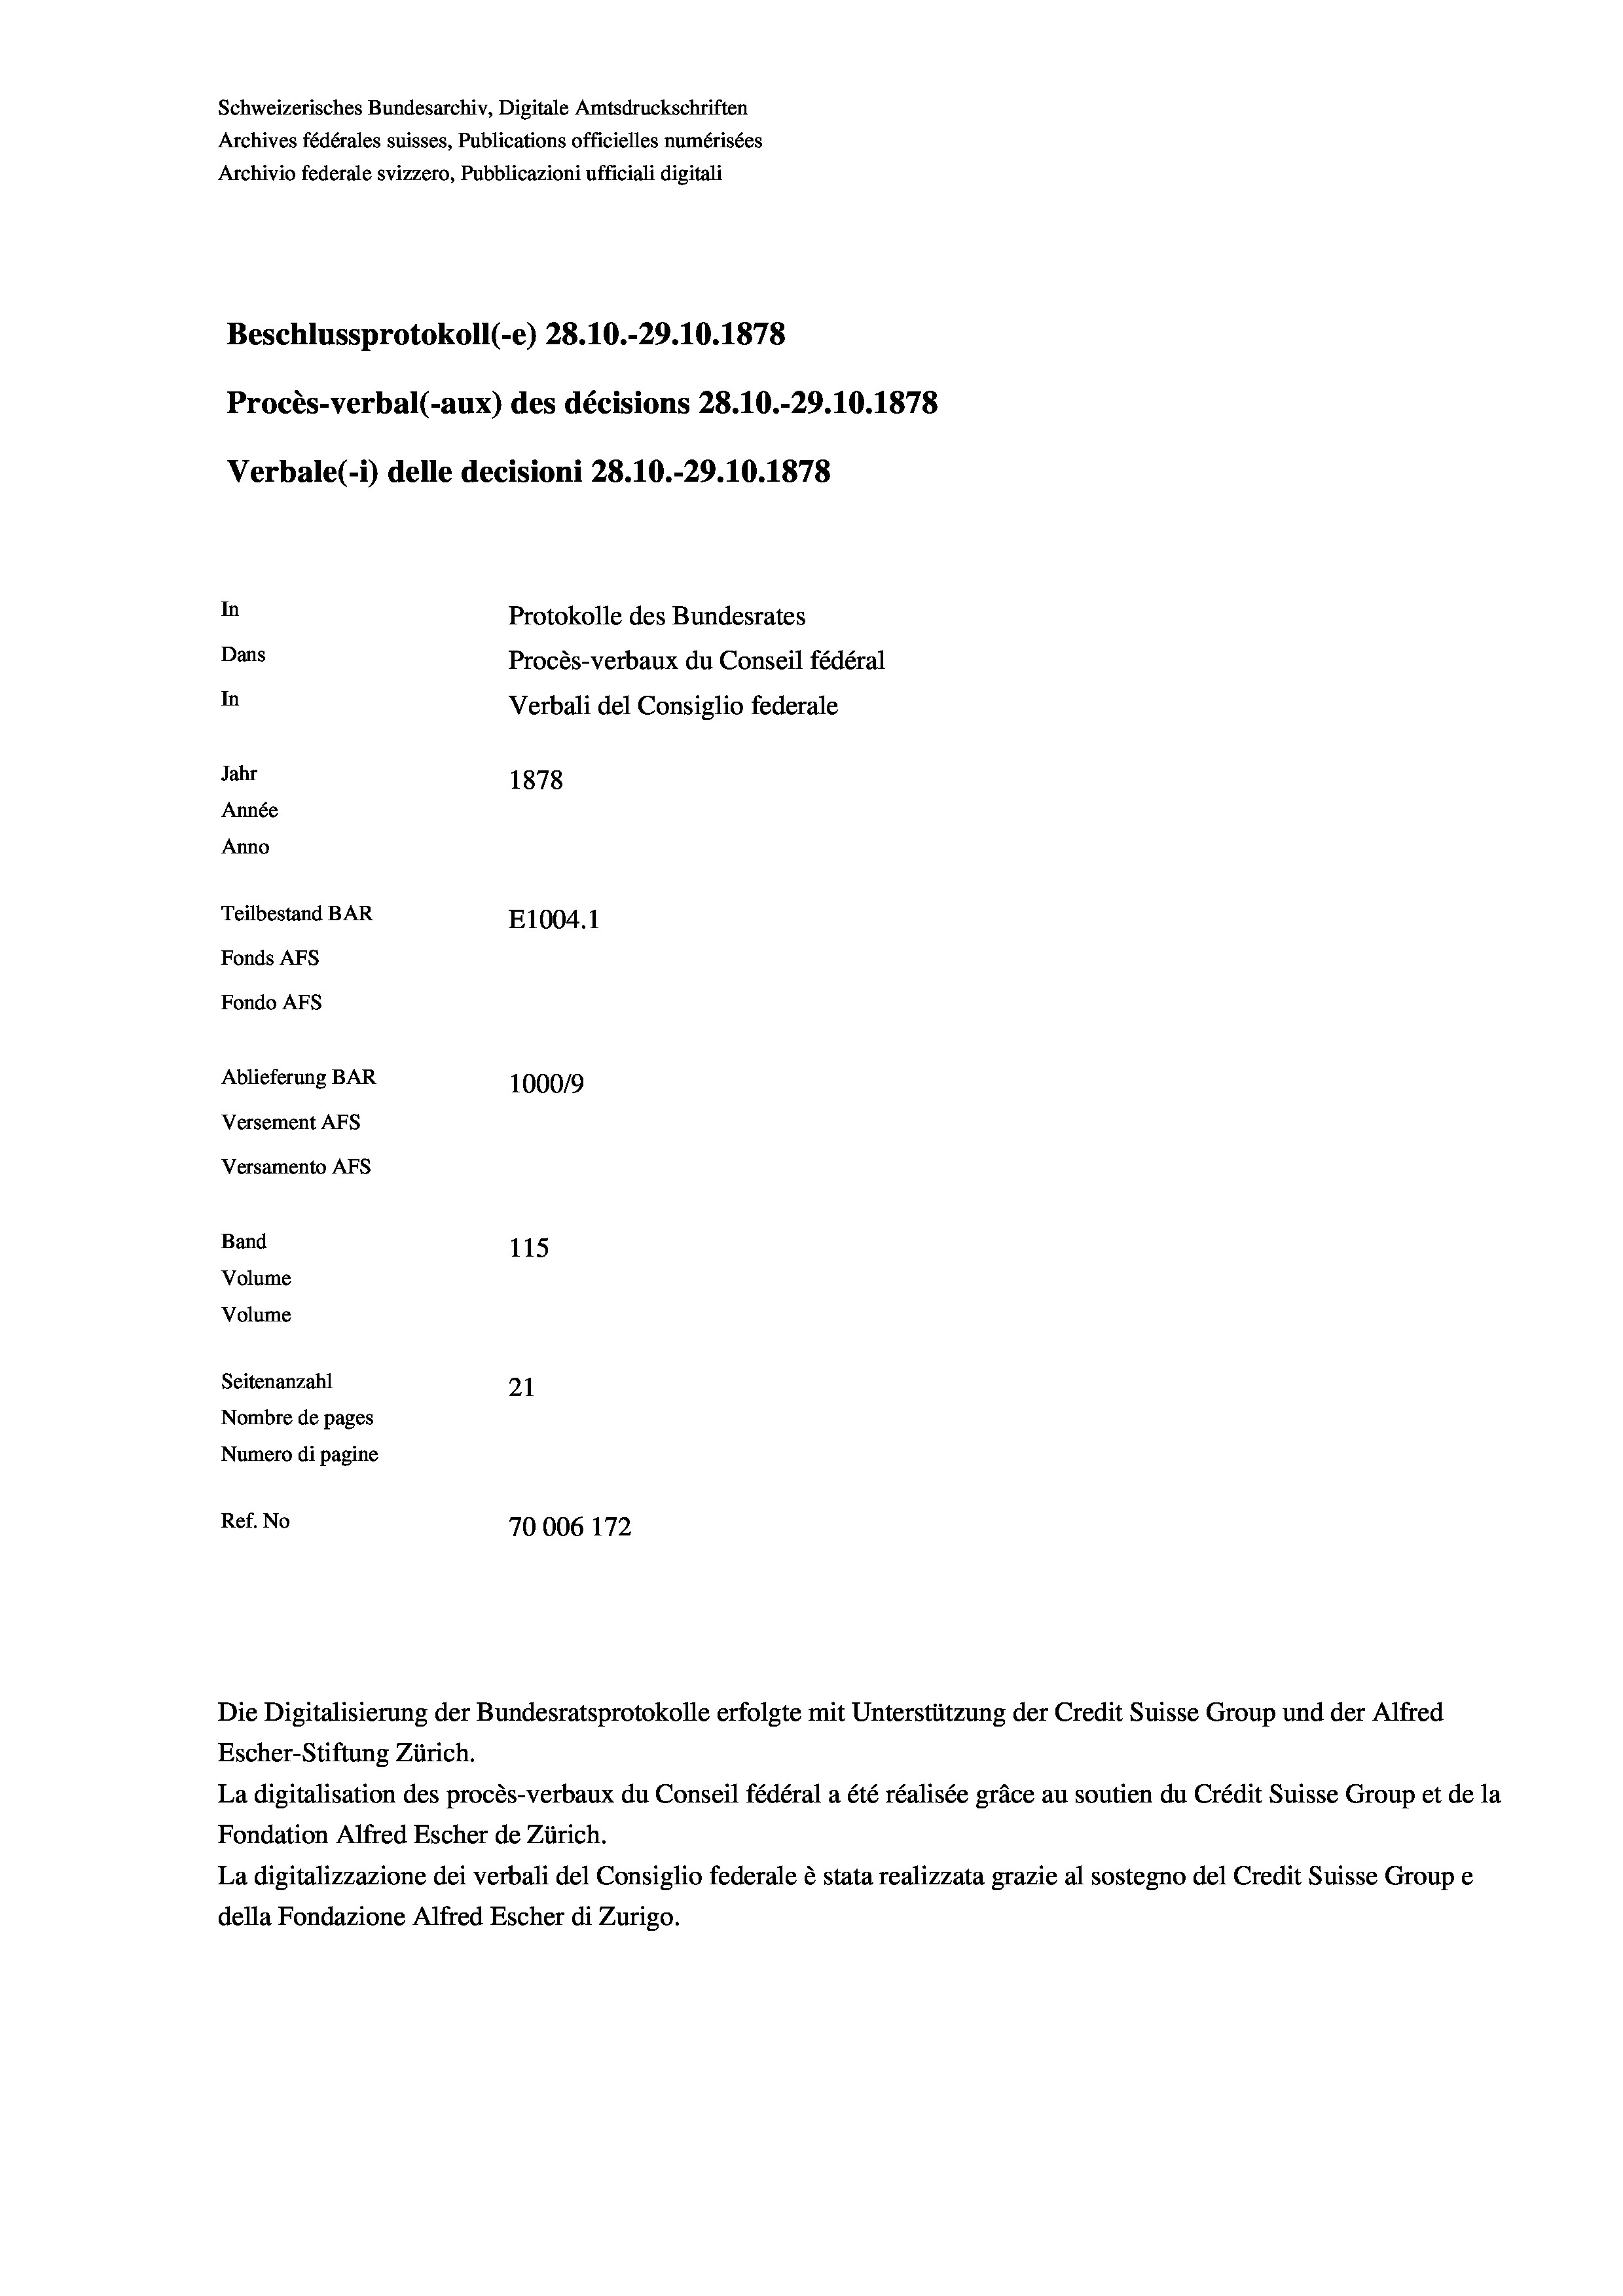
Schweizerisches Bundesarchiv, Digitale Amtsdruckschriften
Archives fédérales suisses, Publications officielles numérisées
Archivio federale svizzero, Pubblicazioni ufficiali digitali
Beschlussprotokoll (-e) 28.10.-29.10.1878
Procès-verbal (-aux) des décisions 28.10.-29.10.1878
Verbale(-*) delle decisioni 28. 10.-29.10.1878
In
Protokolle des Bundesrates
Dans
Procès-verbaux du Conseil fédéral
In
Verbali del Consiglio federale
Jahr
1878
Année
Anno
Teilbestand BAR
E1004. 1
Fonds AFs
Fondo Afs
Ablieferung BAR
100019
Versement AFs
Versamento AFS
Band
115
Volume
Volume
Seitenanzahl
21
Nombre de pages
Numero di pagine
Ref. No
70006 172

Escher-Stiftung Zürich.
La digitalisation des procès-verbaux du Conseil fédéral a été réalisée gräce au soutien du Crédit Suisse Group et de la
Fondation Alfred Escher de Zürich.
La digitalizzazione dei verbali del Consiglio federale è stata realizzata grazie al sostegno del Credit Suisse Groupe
della Fondazione Alfred Escher di Zurigo.

Die Digitalisierung der Bundesratsprotokolle erfolgte mit Unterstützung der Credit Suisse Group und der Alfred